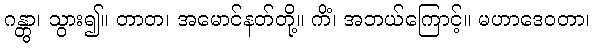
ဂန္တွာ၊ သွား၍။ တာတ၊ အမောင်နတ်တို့။ ကိံ၊ အဘယ်ကြောင့်။ မဟာဒေဝတာ၊